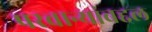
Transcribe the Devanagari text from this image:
परवान्यांबद्दल